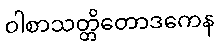
ဝါစာသတ္တိတောဒကေန